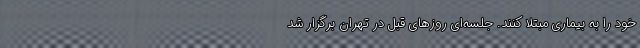
خود را به بیماری مبتلا کنند. جلسه‌ای روزهای قبل در تهران برگزار شد